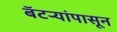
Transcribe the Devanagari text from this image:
बॅटर्‍यांपासून